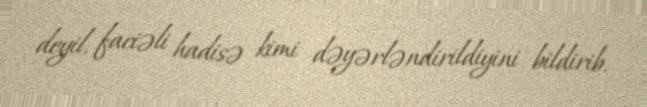
deyil, faciəli hadisə kimi dəyərləndirildiyini bildirib.